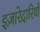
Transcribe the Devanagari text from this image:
इज़ारेदारियों